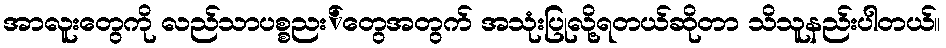
အာလူးတွေကို လည်သာပစ္စညး်တွေအတွက် အသုံးပြုလို့ရတယ်ဆိုတာ သိသူနည်းပါတယ်။